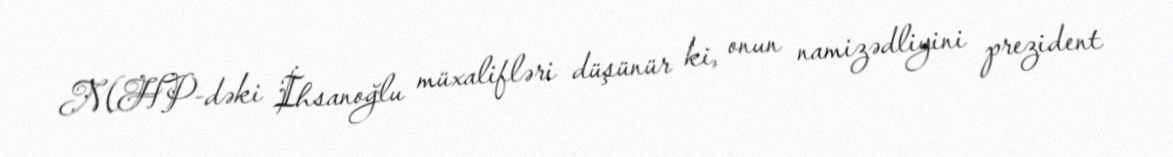
MHP-dəki İhsanoğlu müxalifləri düşünür ki, onun namizədliyini prezident